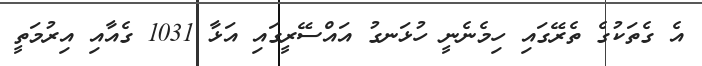
އެ ގެތަކުގެ ތެރޭގައި ހިމެނެނީ ހުޅަނގު އައްސޭރީގައި އަޅާ 1031 ގެއާއި އިރުމަތީ